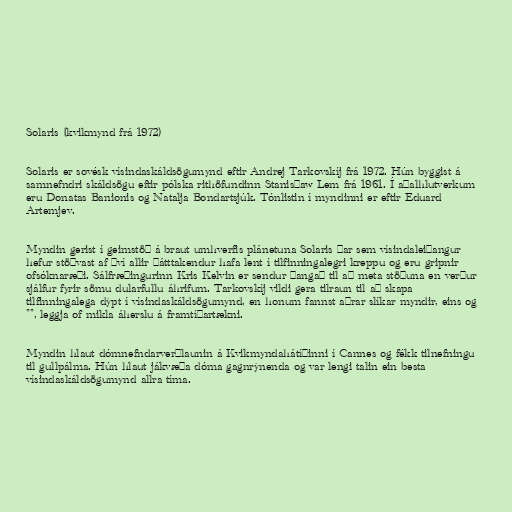
Solaris (kvikmynd frá 1972)

Solaris er sovésk vísindaskáldsögumynd eftir Andrej Tarkovskíj frá 1972. Hún byggist á
samnefndri skáldsögu eftir pólska rithöfundinn Stanisław Lem frá 1961. Í aðalhlutverkum
eru Donatas Banionis og Natalja Bondartsjúk. Tónlistin í myndinni er eftir Eduard
Artemjev.

Myndin gerist í geimstöð á braut umhverfis plánetuna Solaris þar sem vísindaleiðangur
hefur stöðvast af því allir þátttakendur hafa lent í tilfinningalegri kreppu og eru gripnir
ofsóknaræði. Sálfræðingurinn Kris Kelvin er sendur þangað til að meta stöðuna en verður
sjálfur fyrir sömu dularfullu áhrifum. Tarkovskíj vildi gera tilraun til að skapa
tilfinningalega dýpt í vísindaskáldsögumynd, en honum fannst aðrar slíkar myndir, eins og
"", leggja of mikla áherslu á framtíðartækni.

Myndin hlaut dómnefndarverðlaunin á Kvikmyndahátíðinni í Cannes og fékk tilnefningu
til gullpálma. Hún hlaut jákvæða dóma gagnrýnenda og var lengi talin ein besta
vísindaskáldsögumynd allra tíma.